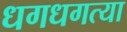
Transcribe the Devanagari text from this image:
धगधगत्या